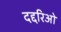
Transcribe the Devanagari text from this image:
दद्दरिओ